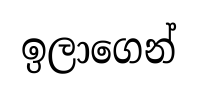
ඉලාගෙන්